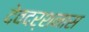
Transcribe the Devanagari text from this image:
देवदर्शनास